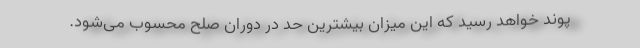
پوند خواهد رسید که این میزان بیشترین حد در دوران صلح محسوب می‌شود.